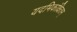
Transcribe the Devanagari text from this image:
यदभिकांक्षितम्